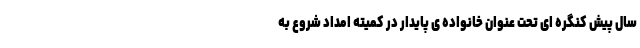
سال پیش کنگره ای تحت عنوان خانواده ی پایدار در کمیته امداد شروع به